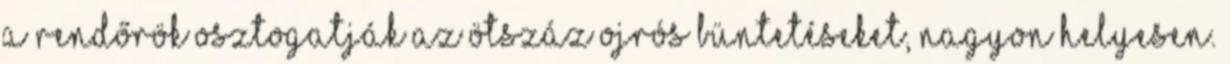
a rendőrök osztogatják az ötszáz ojrós büntetéseket, nagyon helyesen.